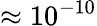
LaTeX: \approx 10^{-10}